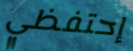
إحتفظي